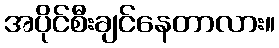
အပိုင်စီးချင်နေတာလား။